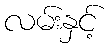
လမ်းနှင့်